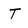
Character: T